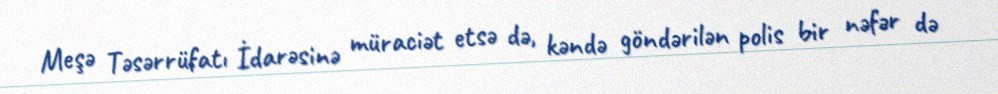
Meşə Təsərrüfatı İdarəsinə müraciət etsə də, kəndə göndərilən polis bir nəfər də